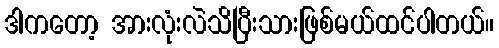
ဒါကတော့ အားလုံးလဲသိပြီးသားဖြစ်မယ်ထင်ပါတယ်။